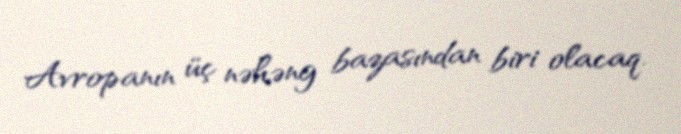
Avropanın üç nəhəng bazasından biri olacaq.